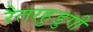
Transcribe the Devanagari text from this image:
रैतरहुडुगी